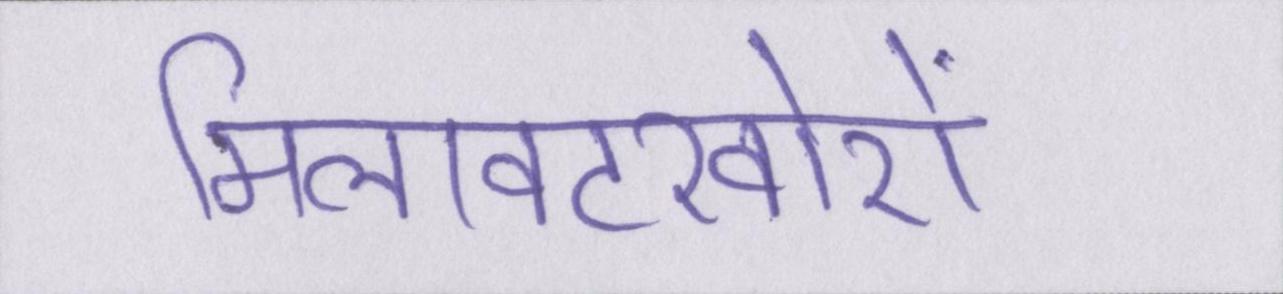
मिलावटखोरों